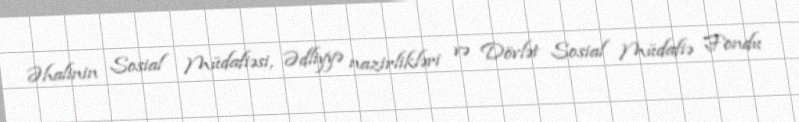
Əhalinin Sosial Müdafiəsi, Ədliyyə nazirlikləri və Dövlət Sosial Müdafiə Fondu